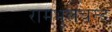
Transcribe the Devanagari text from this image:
रामभूलचन्द